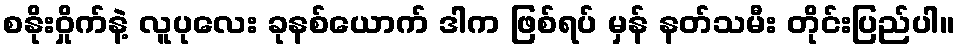
စနိုးဝှိုက်နဲ့ လူပုလေး ခုနစ်ယောက် ဒါက ဖြစ်ရပ် မှန် နတ်သမီး တိုင်းပြည်ပါ။